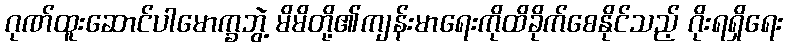
ဂုဏ်ထူးဆောင်ပါမောက္ခဘွဲ့ မိမိတို့၏ကျန်းမာရေးကိုထိခိုက်စေနိုင်သည့် ဂိုးရရှိရေး